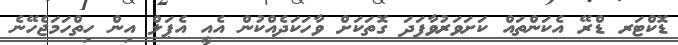
ޑޮކްޓަރ ޑްރޭ އެކަންތައް ކަށަވަރުވާފަދަ ގޮތަކަށް ވާހަކަދެއްކުން އެއީ އެޕަލް އިން ހިތްހަމަޖެހޭނެ